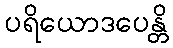
ပရိယောဒပေန္တိ